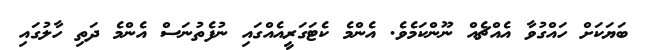
ބަޔަކަށް ހައްގުވާ އެއްޗެއް ނޫންކަމެވެ. އެންމެ ކެޓަގަރީއެއްގައި ނުފެތުނަސް އެންމެ ދަތި ހާލުގައި